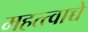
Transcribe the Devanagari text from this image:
महत्त्वाच्चे